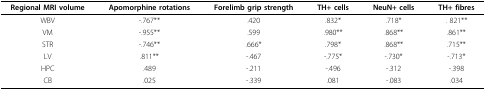
<table><thead><tr><td><b>Regional MRI volume</b></td><td><b>Apomorphine rotations</b></td><td><b>Forelimb grip strength</b></td><td><b>TH+ cells</b></td><td><b>NeuN+ cells</b></td><td><b>TH+ fibres</b></td></tr></thead><tbody><tr><td>WBV</td><td>-.767**</td><td>.420</td><td>.832*</td><td>.718*</td><td>. 821**</td></tr><tr><td>VM</td><td>-.955**</td><td>.599</td><td>.980**</td><td>.868**</td><td>.861**</td></tr><tr><td>STR</td><td>-.746**</td><td>.666*</td><td>.798*</td><td>.868**</td><td>.715**</td></tr><tr><td>LV</td><td>.811**</td><td>-.467</td><td>-.775*</td><td>-.730*</td><td>-.713*</td></tr><tr><td>HPC</td><td>.489</td><td>-.211</td><td>-.496</td><td>-.312</td><td>-.398</td></tr><tr><td>CB</td><td>.025</td><td>-.339</td><td>.081</td><td>-.083</td><td>.034</td></tr></tbody></table>